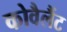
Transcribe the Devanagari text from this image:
कोवैलैंट